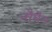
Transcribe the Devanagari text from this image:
नौमैन